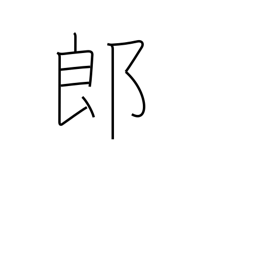
Meaning: counter for sons